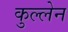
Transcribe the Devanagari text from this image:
कुल्लेन